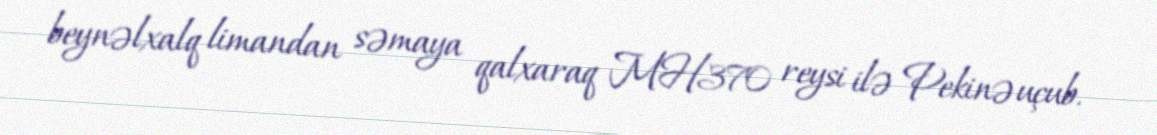
beynəlxalq limandan səmaya qalxaraq MH370 reysi ilə Pekinə uçub.